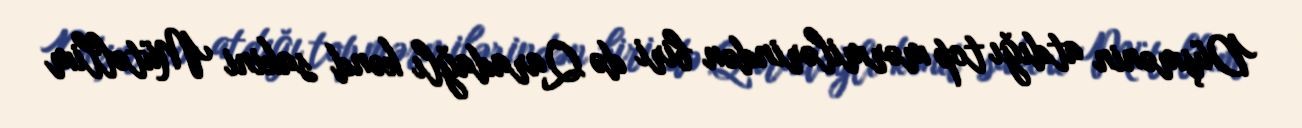
Düşmənin atdığı top mərmilərindən biri də Qaradağlı kənd sakini Mütəllim